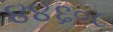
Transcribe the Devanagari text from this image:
४४६०८